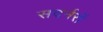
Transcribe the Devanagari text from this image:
सदर्नरों